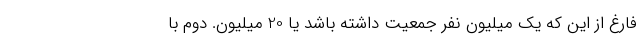
فارغ از این که یک میلیون نفر جمعیت داشته باشد یا 20 میلیون. دوم با